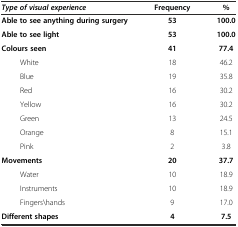
| Type of visual experience | Frequency | % |
 | --- | --- | --- |
 | Able to see anything during surgery | 53 | 100.0 |
 | Able to see light | 53 | 100.0 |
 | Colours seen | 41 | 77.4 |
 | White | 18 | 46.2 |
 | Blue | 19 | 35.8 |
 | Red | 16 | 30.2 |
 | Yellow | 16 | 30.2 |
 | Green | 13 | 24.5 |
 | Orange | 8 | 15.1 |
 | Pink | 2 | 3.8 |
 | Movements | 20 | 37.7 |
 | Water | 10 | 18.9 |
 | Instruments | 10 | 18.9 |
 | Fingers\hands | 9 | 17.0 |
 | Different shapes | 4 | 7.5 |